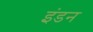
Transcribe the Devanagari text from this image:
इंडन